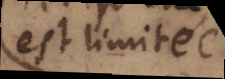
est limité